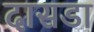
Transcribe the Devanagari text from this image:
दासडा